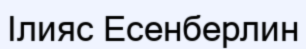
Ілияс Есенберлин